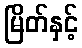
မြိတ်နှင့်